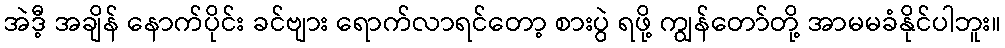
အဲဒီ့ အချိန် နောက်ပိုင်း ခင်ဗျား ရောက်လာရင်တော့ စားပွဲ ရဖို့ ကျွန်တော်တို့ အာမမခံနိုင်ပါဘူး။